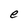
Character: e